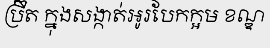
ប្រ៊ីត ក្នុងសង្កាត់អូរបែកក្អម ខណ្ឌ